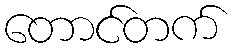
တောင်တက်